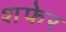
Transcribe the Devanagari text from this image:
शफेर